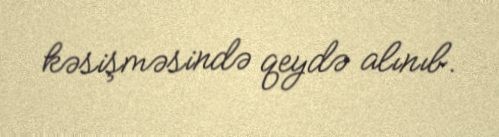
kəsişməsində qeydə alınıb.